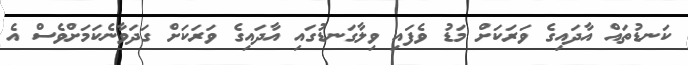
ކަނޑުތައް އާދައިގެ ވަރަކަށް މަޑު ވެފައި ވިލާގަނޑުގައި އާދައިގެ ވަރަކަށް ގަދަވާނެކަމަށްވެސް އެ